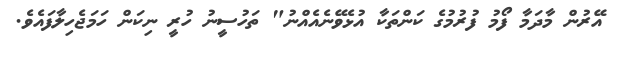
އޭރުން މާދަމާ ފޯމު ފުރުމުގެ ކަންތަކާ އުޅެވޭނެއެއްނު" ތަހުސީނު ހުރީ ނިކަން ހަމަޖެހިލާފައެވެ.